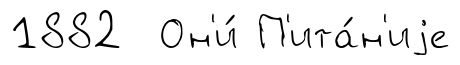
1882 Он'и́ П'ита́н'иjе